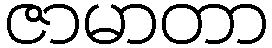
ဇာမာတာ